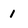
Character: 1